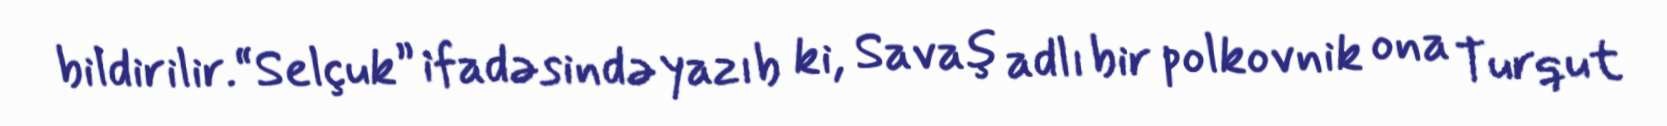
bildirilir.“Selçuk” ifadəsində yazıb ki, Savaş adlı bir polkovnik ona Turqut